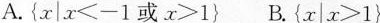
A.$$\left \{ x | x ＜ - 1 或 x ＞1 \right \}$$ B.$$\left \{ x | x ＞ 1 \right \}$$